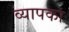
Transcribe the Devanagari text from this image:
व्यापका